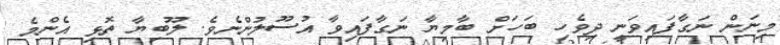
މިނަން ނަގާފައިވަނީ ދިވެހި ބަހަށް ބާމިޔާ ނަގާފައިވާ އުސޫލުންނެވެ. ލޫބިޔާ ތޮޅި އެންމެ